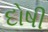
દોષી